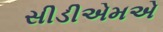
સીડીએમએ